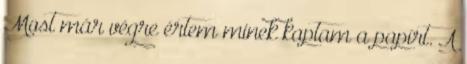
Most már végre értem minek kaptam a papírt. A